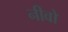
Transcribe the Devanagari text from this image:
नीवो